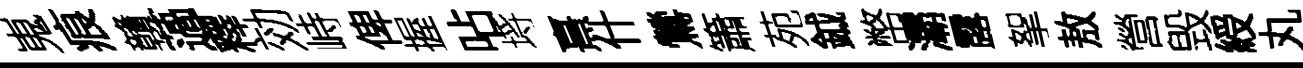
嵬痕贛薖釋効峙俾握呫埓熹什鶯簫苑鉞幣灞露挐敖營毁綬丸